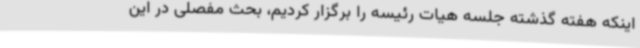
اینکه هفته گذشته جلسه هیات رئیسه را برگزار کردیم، بحث مفصلی در این